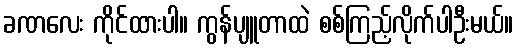
ခဏလေး ကိုင်ထားပါ။ ကွန်ပျူတာထဲ စစ်ကြည့်လိုက်ပါဦးမယ်။